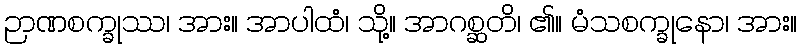
ဉာဏစက္ခုဿ၊ အား။ အာပါထံ၊ သို့။ အာဂစ္ဆတိ၊ ၏။ မံသစက္ခုနော၊ အား။